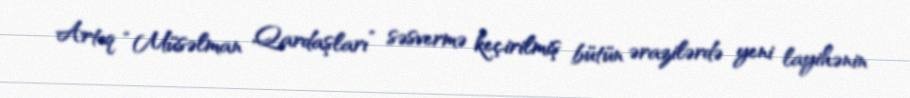
Artıq “Müsəlman Qardaşları” səsvermə keçirilmiş bütün ərazilərdə yeni layihənin